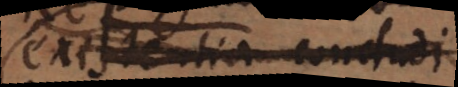
existentia concludi